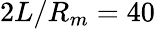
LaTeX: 2L/R_{m}=40